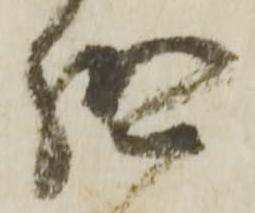
組